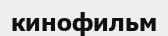
кинофильм